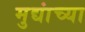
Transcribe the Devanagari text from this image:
मुद्यांच्या